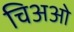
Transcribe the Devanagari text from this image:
चिअओ